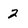
Character: 2